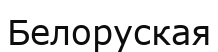
Белоруская